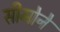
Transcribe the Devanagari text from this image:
सीमोने